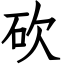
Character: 砍